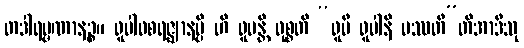
တဒါရမ္မဏာနဉ္စ။ ရူပါဝစရဇ္ဈာနမ္ပိ ဟိ ရူပန္တိ ဝုစ္စတိ “ရူပီ ရူပါနိ ပဿတီ”တိအာဒီသု